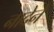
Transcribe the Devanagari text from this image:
नादेने